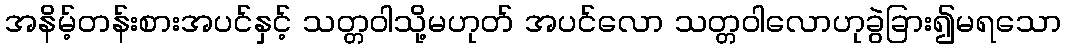
အနိမ့်တန်းစားအပင်နှင့် သတ္တဝါသို့မဟုတ် အပင်လော သတ္တဝါလောဟုခွဲခြား၍မရသော